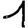
Digit: 1